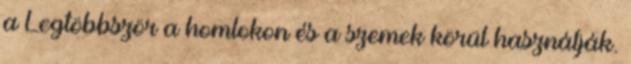
a Legtöbbször a homlokon és a szemek körül használják.